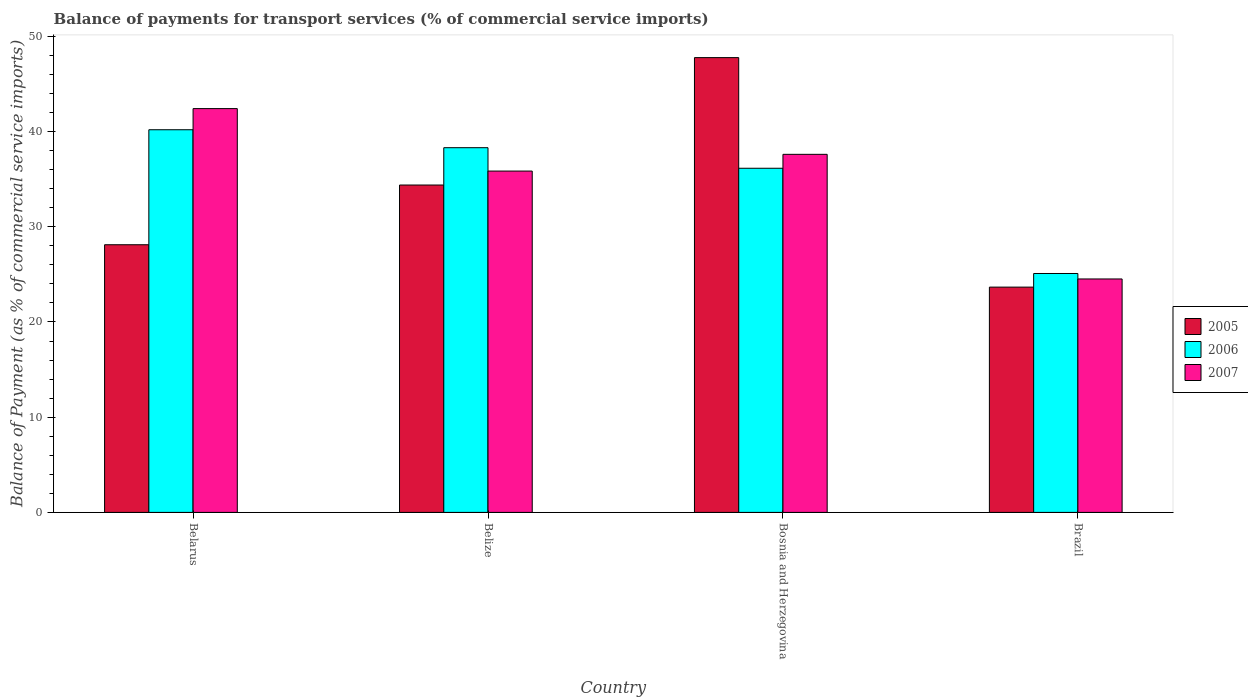
| Country | 2005 | 2006 | 2007 |
 | --- | --- | --- | --- |
 | Belarus | 28.1 | 40.2 | 42.4 |
 | Belize | 34.4 | 38.3 | 35.8 |
 | Bosnia and Herzegovina | 47.8 | 36.1 | 37.6 |
 | Brazil | 23.7 | 25.1 | 24.5 |